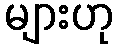
များဟု